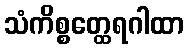
သံကိစ္စတ္ထေရဂါထာ